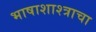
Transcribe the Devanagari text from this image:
भाषाशाश्त्राचा